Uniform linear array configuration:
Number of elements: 48
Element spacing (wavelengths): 1
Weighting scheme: cosine
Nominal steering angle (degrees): -15
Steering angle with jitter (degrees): -13.784
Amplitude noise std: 0.05
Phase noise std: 0.05

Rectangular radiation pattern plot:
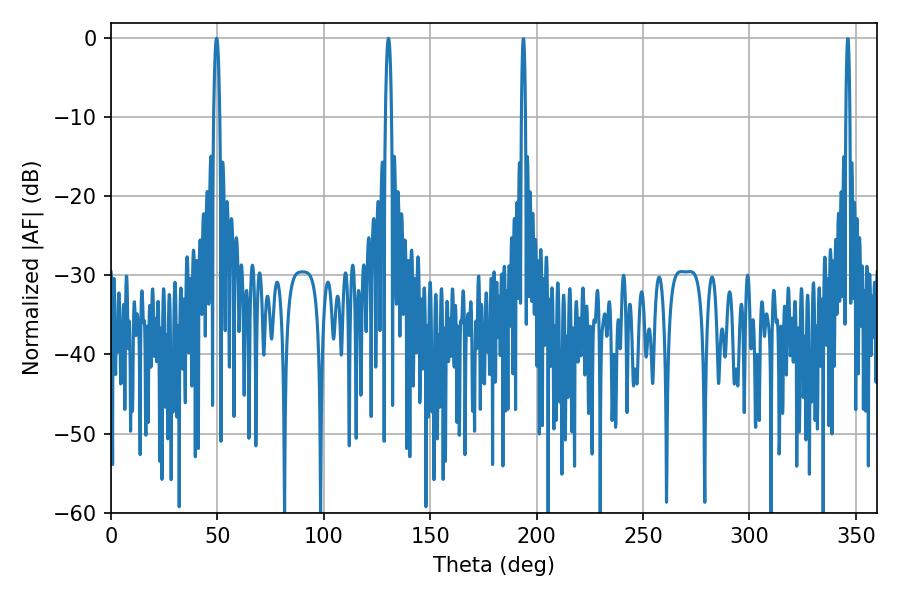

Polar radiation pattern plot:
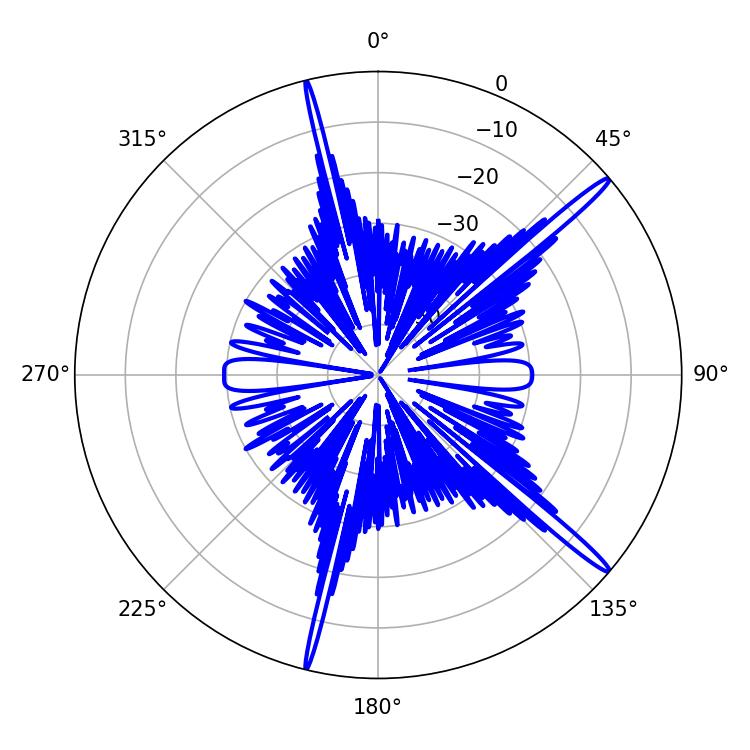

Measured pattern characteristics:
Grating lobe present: TRUE
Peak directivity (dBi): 17.098
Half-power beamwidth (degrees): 1.62
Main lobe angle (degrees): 130.32